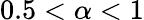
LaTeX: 0.5<\alpha<1